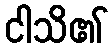
ငါသိ၏